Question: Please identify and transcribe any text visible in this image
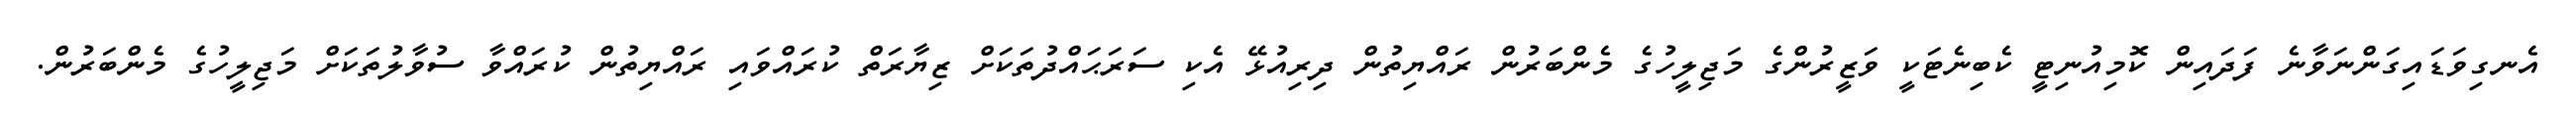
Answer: އެނގިވަޑައިގަންނަވާނެ ފަދައިން ކޮމިއުނިޓީ ކެބިނެޓަކީ ވަޒީރުންގެ މަޖިލީހުގެ މެންބަރުން ރައްޔިތުން ދިރިއުޅޭ އެކި ސަރަޙައްދުތަކަށް ޒިޔާރަތް ކުރައްވައި ރައްޔިތުން ކުރައްވާ ސުވާލުތަކަށް މަޖިލީހުގެ މެންބަރުން.